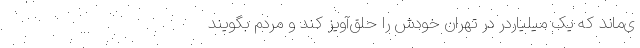
ی‌ماند که یک میلیاردر در تهران خودش را حلق‌آویز کند و مردم بگویند